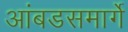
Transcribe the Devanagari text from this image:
आंबडसमार्गे